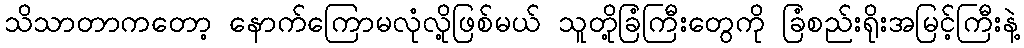
သိသာတာကတော့ နောက်ကြောမလုံလို့ဖြစ်မယ် သူတို့ခြံကြီးတွေကို ခြံစည်းရိုးအမြင့်ကြီးနဲ့